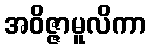
အဝိဇ္ဇာမူလိကာ